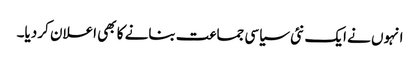
انہوں نے ایک نئی سیاسی جماعت بنانے کا بھی اعلان کر دیا۔